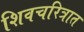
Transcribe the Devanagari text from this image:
शिवचरित्रात